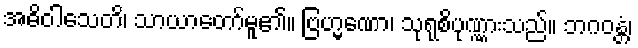
အဓိဝါသေတိ၊ သာယာတော်မူ၏။ ဗြဟ္မဏော၊ သုရုစိပုဏ္ဏားသည်။ ဘဂဝန္တံ၊